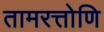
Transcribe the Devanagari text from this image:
तामरत्तोणि